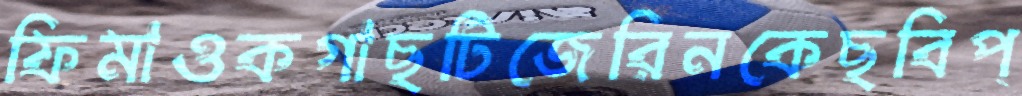
ফিমাওকগাছটিজেরিনকেছবিপ্